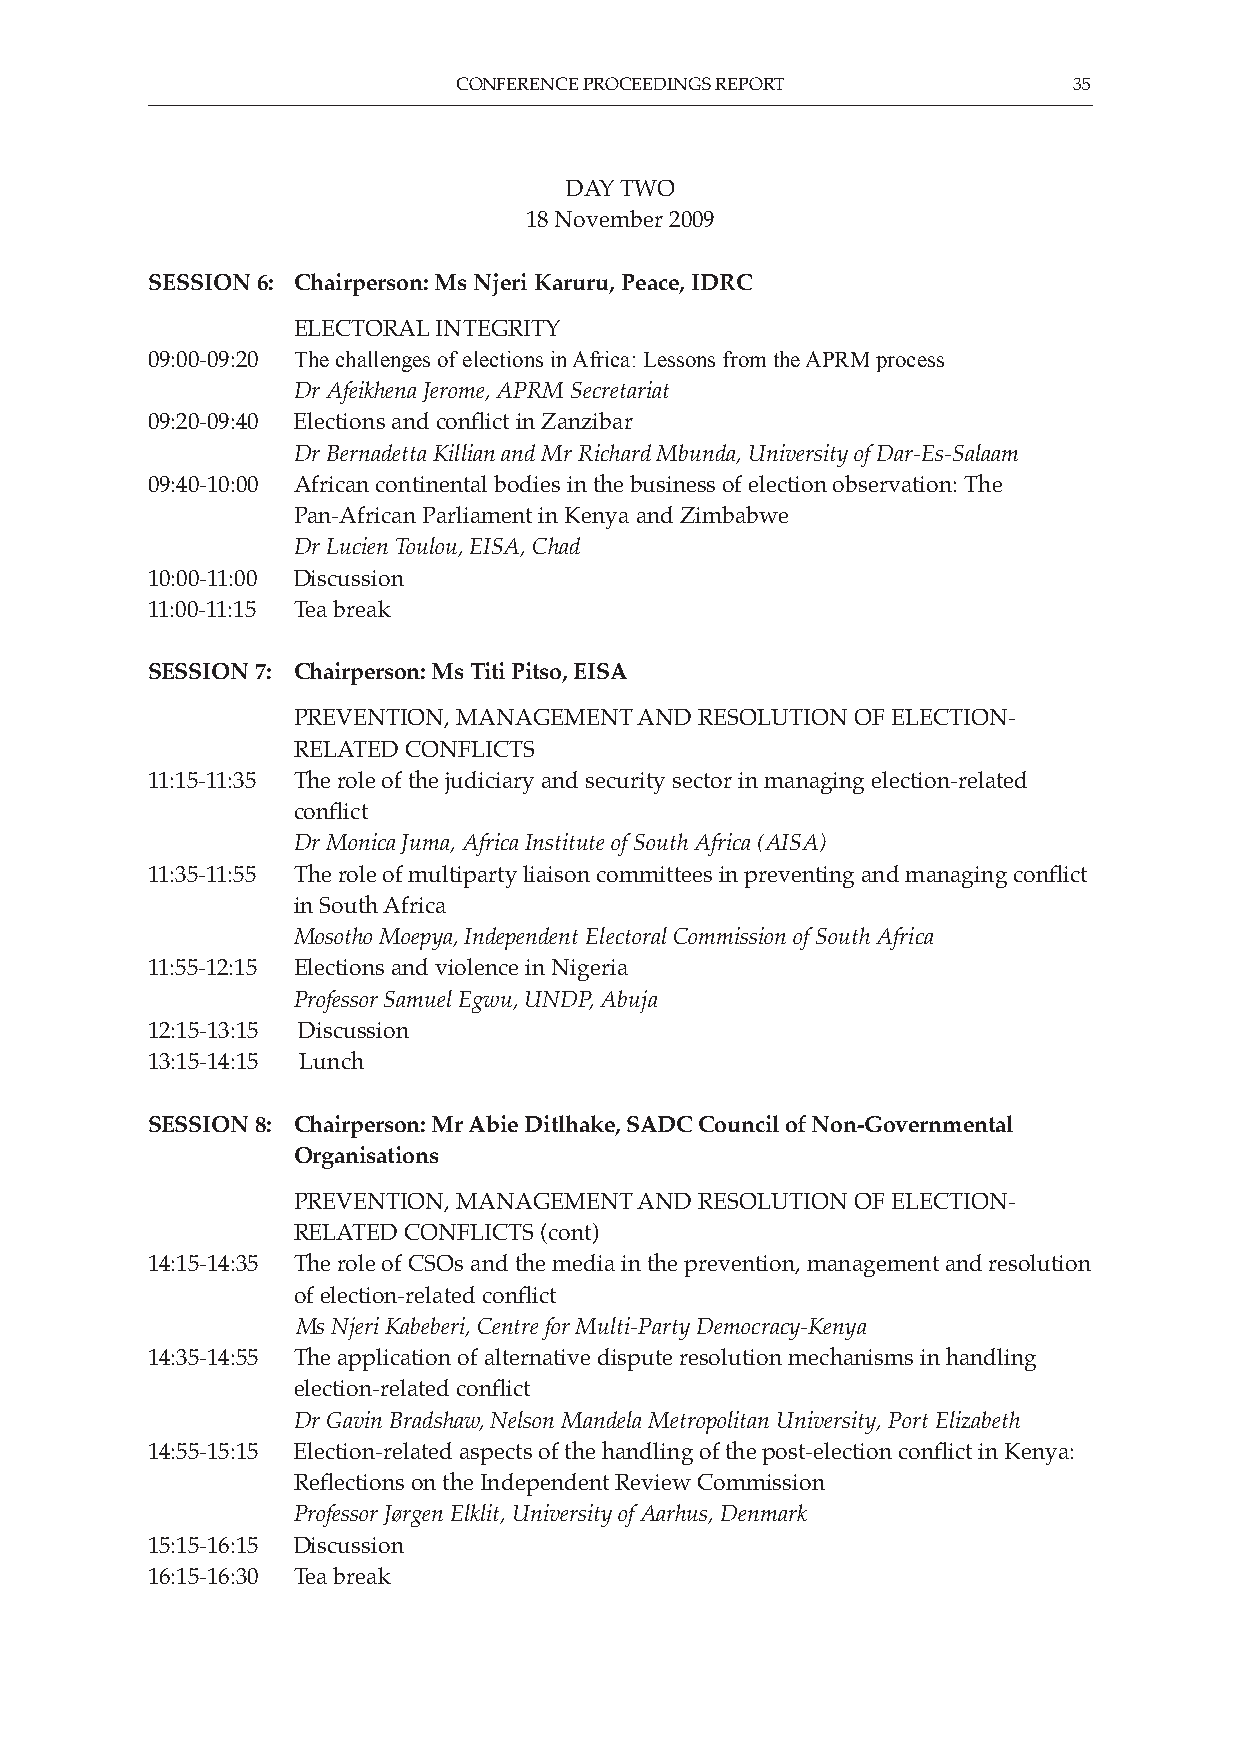
CONFERENCE PROCEEDINGS REPORT            35
 DAY TWO
 18 November 2009
 SESSION 6: Chairperson: Ms Njeri Karuru, Peace, IDRC
 ELECTORAL INTEGRITY
 09:00-09:20 The challenges of elections in africa: lessons from the aPrM process
 Dr Afeikhena Jerome, APRM Secretariat
 09:20-09:40 Elections and conflict in Zanzibar
 Dr Bernadetta Killian and Mr Richard Mbunda, University of Dar-Es-Salaam
 09:40-10:00 African continental bodies in the business of election observation: The
 Pan-African Parliament in Kenya and Zimbabwe
 Dr Lucien Toulou, EISA, Chad
 10:00-11:00 Discussion
 11:00-11:15 Tea break
 SESSION 7: Chairperson: Ms Titi Pitso, EISA
 PREVENTION, MANAGEMENT AND RESOLUTION OF ELECTION-
 RELATED CONFLICTS
 11:15-11:35 The role of the judiciary and security sector in managing election-related
 conflict
 Dr Monica Juma, Africa Institute of South Africa (AISA)
 11:35-11:55 The role of multiparty liaison committees in preventing and managing conflict
 in South Africa
 Mosotho Moepya, Independent Electoral Commission of South Africa
 11:55-12:15 Elections and violence in Nigeria
 Professor Samuel Egwu, UNDP, Abuja
 12:15-13:15 Discussion
 13:15-14:15 Lunch
 SESSION 8: Chairperson: Mr Abie Ditlhake, SADC Council of Non-Governmental
 Organisations
 PREVENTION, MANAGEMENT AND RESOLUTION OF ELECTION-
 RELATED CONFLICTS (cont)
 14:15-14:35 The role of CSOs and the media in the prevention, management and resolution
 of election-related conflict
 Ms Njeri Kabeberi, Centre for Multi-Party Democracy-Kenya
 14:35-14:55 The application of alternative dispute resolution mechanisms in handling
 election-related conflict
 Dr Gavin Bradshaw, Nelson Mandela Metropolitan University, Port Elizabeth
 14:55-15:15 Election-related aspects of the handling of the post-election conflict in Kenya:
 Reflections on the Independent Review Commission
 Professor Jørgen Elklit, University of Aarhus, Denmark
 15:15-16:15 Discussion
 16:15-16:30 Tea break